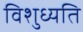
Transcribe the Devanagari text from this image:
विशुध्यति